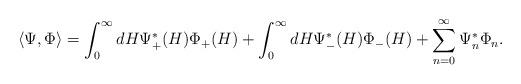
LaTeX: \begin{align*}\langle \Psi ,\Phi \rangle =\int _{0}^{\infty }dH\Psi _{+}^{*}(H)\Phi _{+}(H)+\int _{0}^{\infty }dH\Psi _{-}^{*}(H)\Phi _{-}(H)+\sum _{n=0}^{\infty }\Psi _{n}^{*}\Phi _{n}.\end{align*}